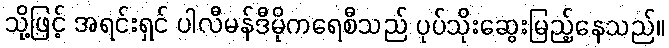
သို့ဖြင့် အရင်းရှင် ပါလီမန်ဒီမိုကရေစီသည် ပုပ်သိုးဆွေးမြည့်နေသည်။